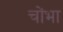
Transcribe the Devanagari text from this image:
चोंभा